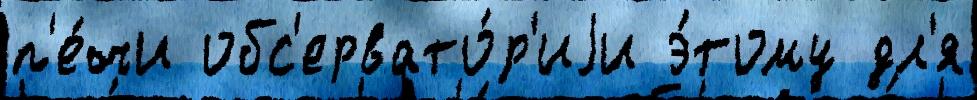
п'е́чи обс'ервато́р'иjи э́тому дл'я